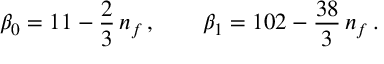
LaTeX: \beta _ { 0 } = 1 1 - { \frac { 2 } { 3 } } \, n _ { f } \, , \qquad \beta _ { 1 } = 1 0 2 - { \frac { 3 8 } { 3 } } \, n _ { f } \, .